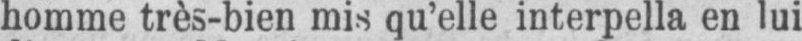
homme très-bien mis qu’elle interpella en lui